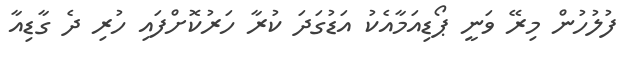
ފުލުހުން މިރޭ ވަނީ ޕޯޑިއަމާއެކު އަޑުގަދަ ކުރާ ހަރުކޮށްފައި ހުރި ދެ ގާޑިއާ